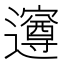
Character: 𮟡